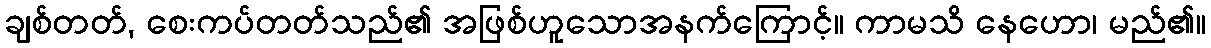
ချစ်တတ်, စေးကပ်တတ်သည်၏ အဖြစ်ဟူသောအနက်ကြောင့်။ ကာမသိ နေဟော၊ မည်၏။